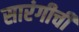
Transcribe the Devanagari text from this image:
सारंगीची